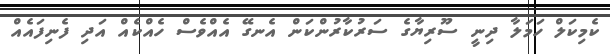
ކެމިކަލް ހަމަލާ ދިނީ ސޫރިޔާގެ ސަރުކާރުންކަން އެނގޭ އެއްވެސް ހެއްކެއް އަދި ފެނިފައެއް